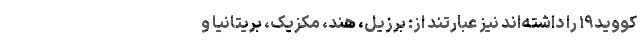
کووید۱۹ را داشته‌اند نیز عبارتند از: برزیل، هند، مکزیک، بریتانیا و